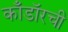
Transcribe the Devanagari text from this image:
काँडॉरची